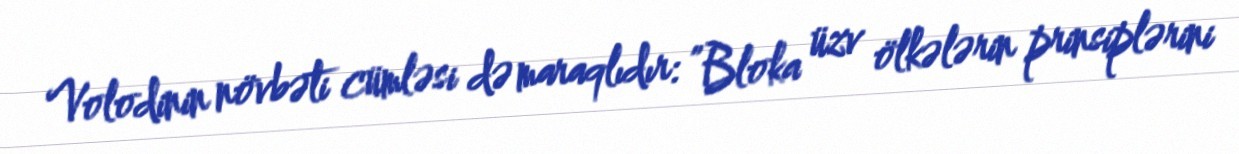
Volodinin növbəti cümləsi də maraqlıdır: ”Bloka üzv ölkələrin prinsiplərini